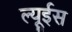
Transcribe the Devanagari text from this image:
ल्यूईस